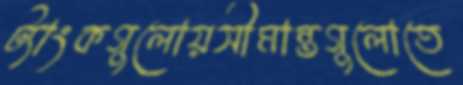
ট্যাংকগুলোয়সীমান্তগুলোতে